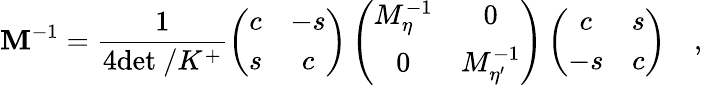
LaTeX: \mathbf{M}^{-1}=\frac{{1}}{{4\mathrm{{det\ /}}K^{+}}}\left(\begin{array}{cc}{{c}}&{{-s}}\\ {{s}}&{{c}}\end{array}\right)\left(\begin{array}{cc}{{M_{\eta}^{-1}}}&{{0}}\\ {{0}}&{{M_{\eta^{\prime}}^{-1}}}\end{array}\right)\left(\begin{array}{cc}{{c}}&{{s}}\\ {{-s}}&{{c}}\end{array}\right)\quad,